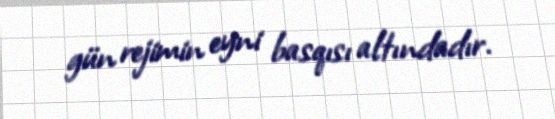
gün rejimin eyni basqısı altındadır.